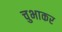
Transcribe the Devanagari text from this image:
चुभाकर